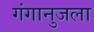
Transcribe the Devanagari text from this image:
गंगानुजला